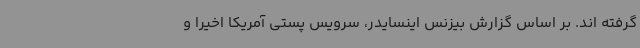
گرفته اند. بر اساس گزارش بیزنس اینسایدر، سرویس پستی آمریکا اخیرا و